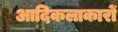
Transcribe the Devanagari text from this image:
आदिकलाकारों